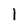
Character: l